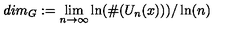
d i m _ { G } : = \lim _ { n \to \infty } \ln ( \# ( U _ { n } ( x ) ) ) / \ln ( n )